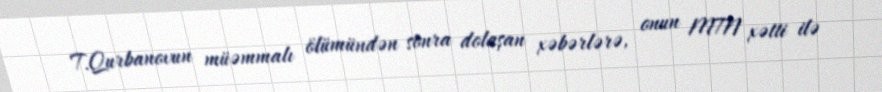
T.Qurbanovun müəmmalı ölümündən sonra dolaşan xəbərlərə, onun MTN xətti ilə